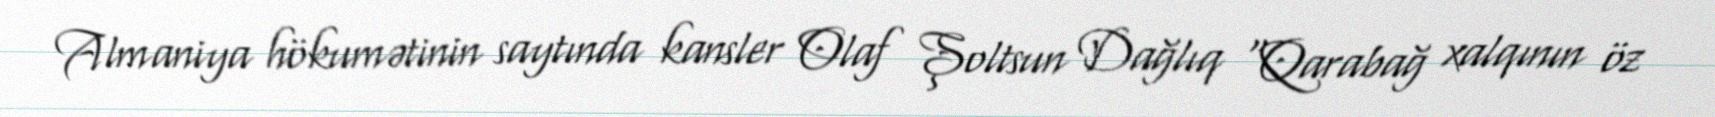
Almaniya hökumətinin saytında kansler Olaf Şoltsun Dağlıq “Qarabağ xalqının öz